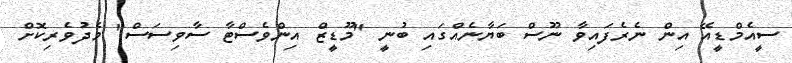
ސީއެމްޑީއޭ އިން ނެރެފައިވާ ނޫސް ބަޔާނެއްގައި ބުނީ "މޫޑީޒް އިންވެސްޓާ ސާވިސަސް" މެދުވެރިކޮށް